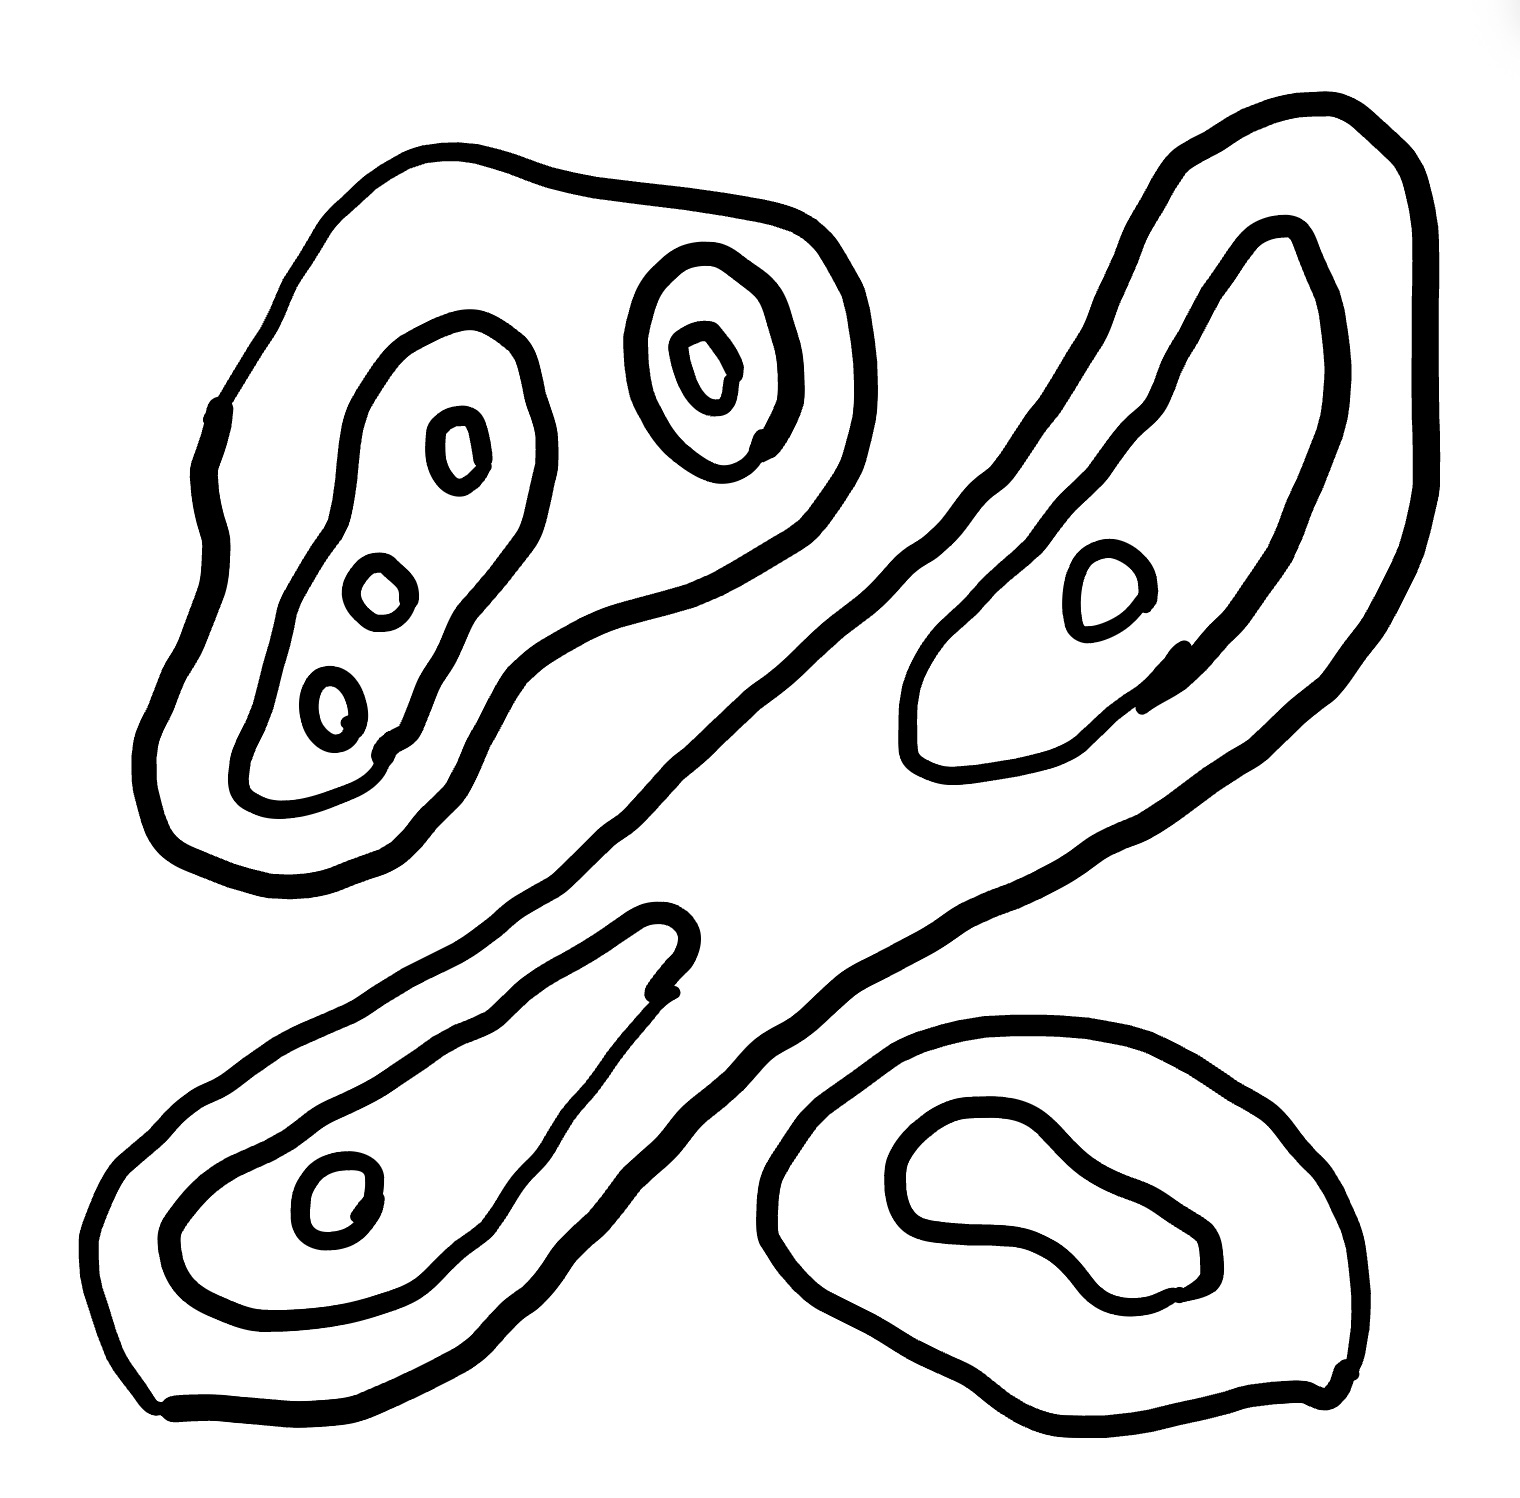
Number of regions (including the outer root region): 15
Containment tree edges (parent, child): 0, 1, 0, 3, 0, 10, 1, 2, 3, 4, 3, 8, 4, 5, 4, 6, 4, 7, 8, 9, 10, 11, 10, 13, 11, 12, 13, 14